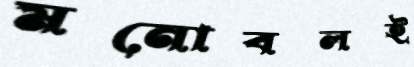
মনোবলই